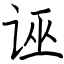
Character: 诬